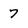
Character: 7